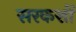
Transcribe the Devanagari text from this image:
सरकशों